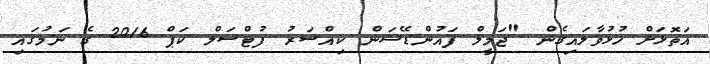
އަތޮޅަށް ހުޅުވާލައިގެން "ޖަމީލް ފައުންޑޭޝަން ކިއްސަރު ފުޓްސަލް ކަޕް 2016 ގެ ނަމުގައި